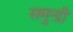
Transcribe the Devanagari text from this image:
समुन्द्री